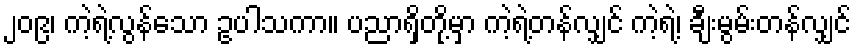
၂၀၉၊ ကဲ့ရဲ့လွန်သော ဥပါသကာ။ ပညာရှိတို့မှာ ကဲ့ရဲ့တန်လျှင် ကဲ့ရဲ့၊ ချီးမွမ်းတန်လျှင်